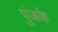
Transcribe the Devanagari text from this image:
पुंजके